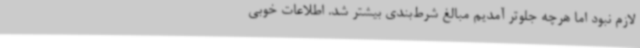
لازم نبود اما هرچه جلوتر آمدیم مبالغ شرط‌بندی بیشتر شد. اطلاعات خوبی